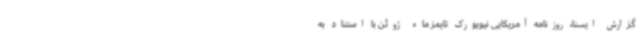
گزارش ایسنا، روزنامه آمریکایی نیویورک تایمز ماه ژوئن با استناد به